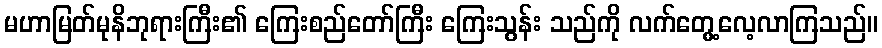
မဟာမြတ်မုနိဘုရားကြီး၏ ကြေးစည်တော်ကြီး ကြေးသွန်း သည်ကို လက်တွေ့လေ့လာကြသည်။